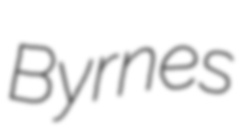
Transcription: Byrnes